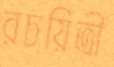
রচয়িত্রী